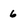
Character: 6